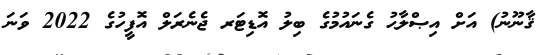
ޤާނޫނު) އަށް އިޞްލާޙު ގެނައުމުގެ ބިލު އޮޑިޓަރ ޖެނެރަލް އޮފީހުގެ 2022 ވަނަ